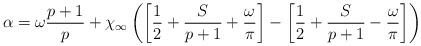
\begin{align*}\alpha =\omega \displaystyle\frac{p+1}{p}+\chi _{\infty }\left( \left[ \displaystyle\frac{1}{2}+\displaystyle\frac{S}{p+1}+\displaystyle\frac{\omega }{\pi }\right] -\left[ \displaystyle\frac{1}{2}+\displaystyle\frac{S}{p+1}-\displaystyle\frac{\omega }{\pi }\right] \right)\end{align*}